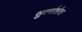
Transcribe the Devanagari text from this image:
सुवर्णाशोक